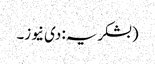
(بشکریہ: دی نیوز۔